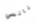
نانسي